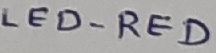
Text: LED-RED